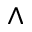
\wedge